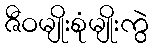
ဇီဝမျိုးစုံမျိုးကွဲ